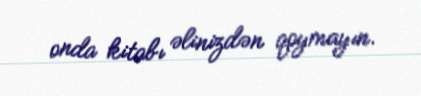
onda kitabı əlinizdən qoymayın.